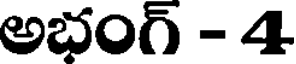
అభంగ్ - 4